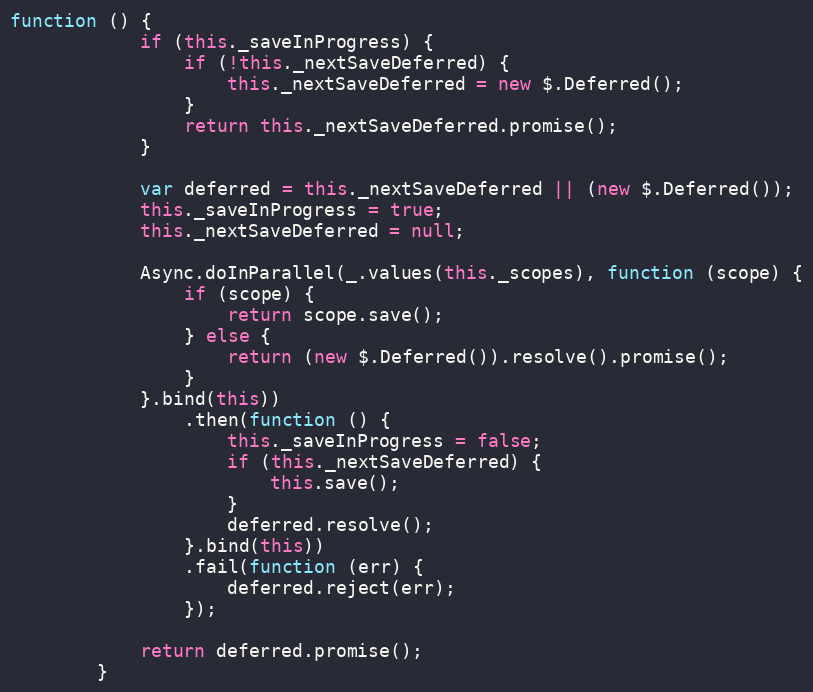
Language: JavaScript
function () {
            if (this._saveInProgress) {
                if (!this._nextSaveDeferred) {
                    this._nextSaveDeferred = new $.Deferred();
                }
                return this._nextSaveDeferred.promise();
            }

            var deferred = this._nextSaveDeferred || (new $.Deferred());
            this._saveInProgress = true;
            this._nextSaveDeferred = null;

            Async.doInParallel(_.values(this._scopes), function (scope) {
                if (scope) {
                    return scope.save();
                } else {
                    return (new $.Deferred()).resolve().promise();
                }
            }.bind(this))
                .then(function () {
                    this._saveInProgress = false;
                    if (this._nextSaveDeferred) {
                        this.save();
                    }
                    deferred.resolve();
                }.bind(this))
                .fail(function (err) {
                    deferred.reject(err);
                });

            return deferred.promise();
        }